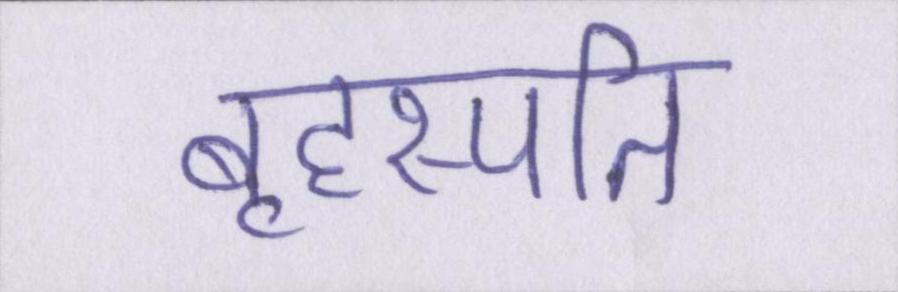
बृहस्पति